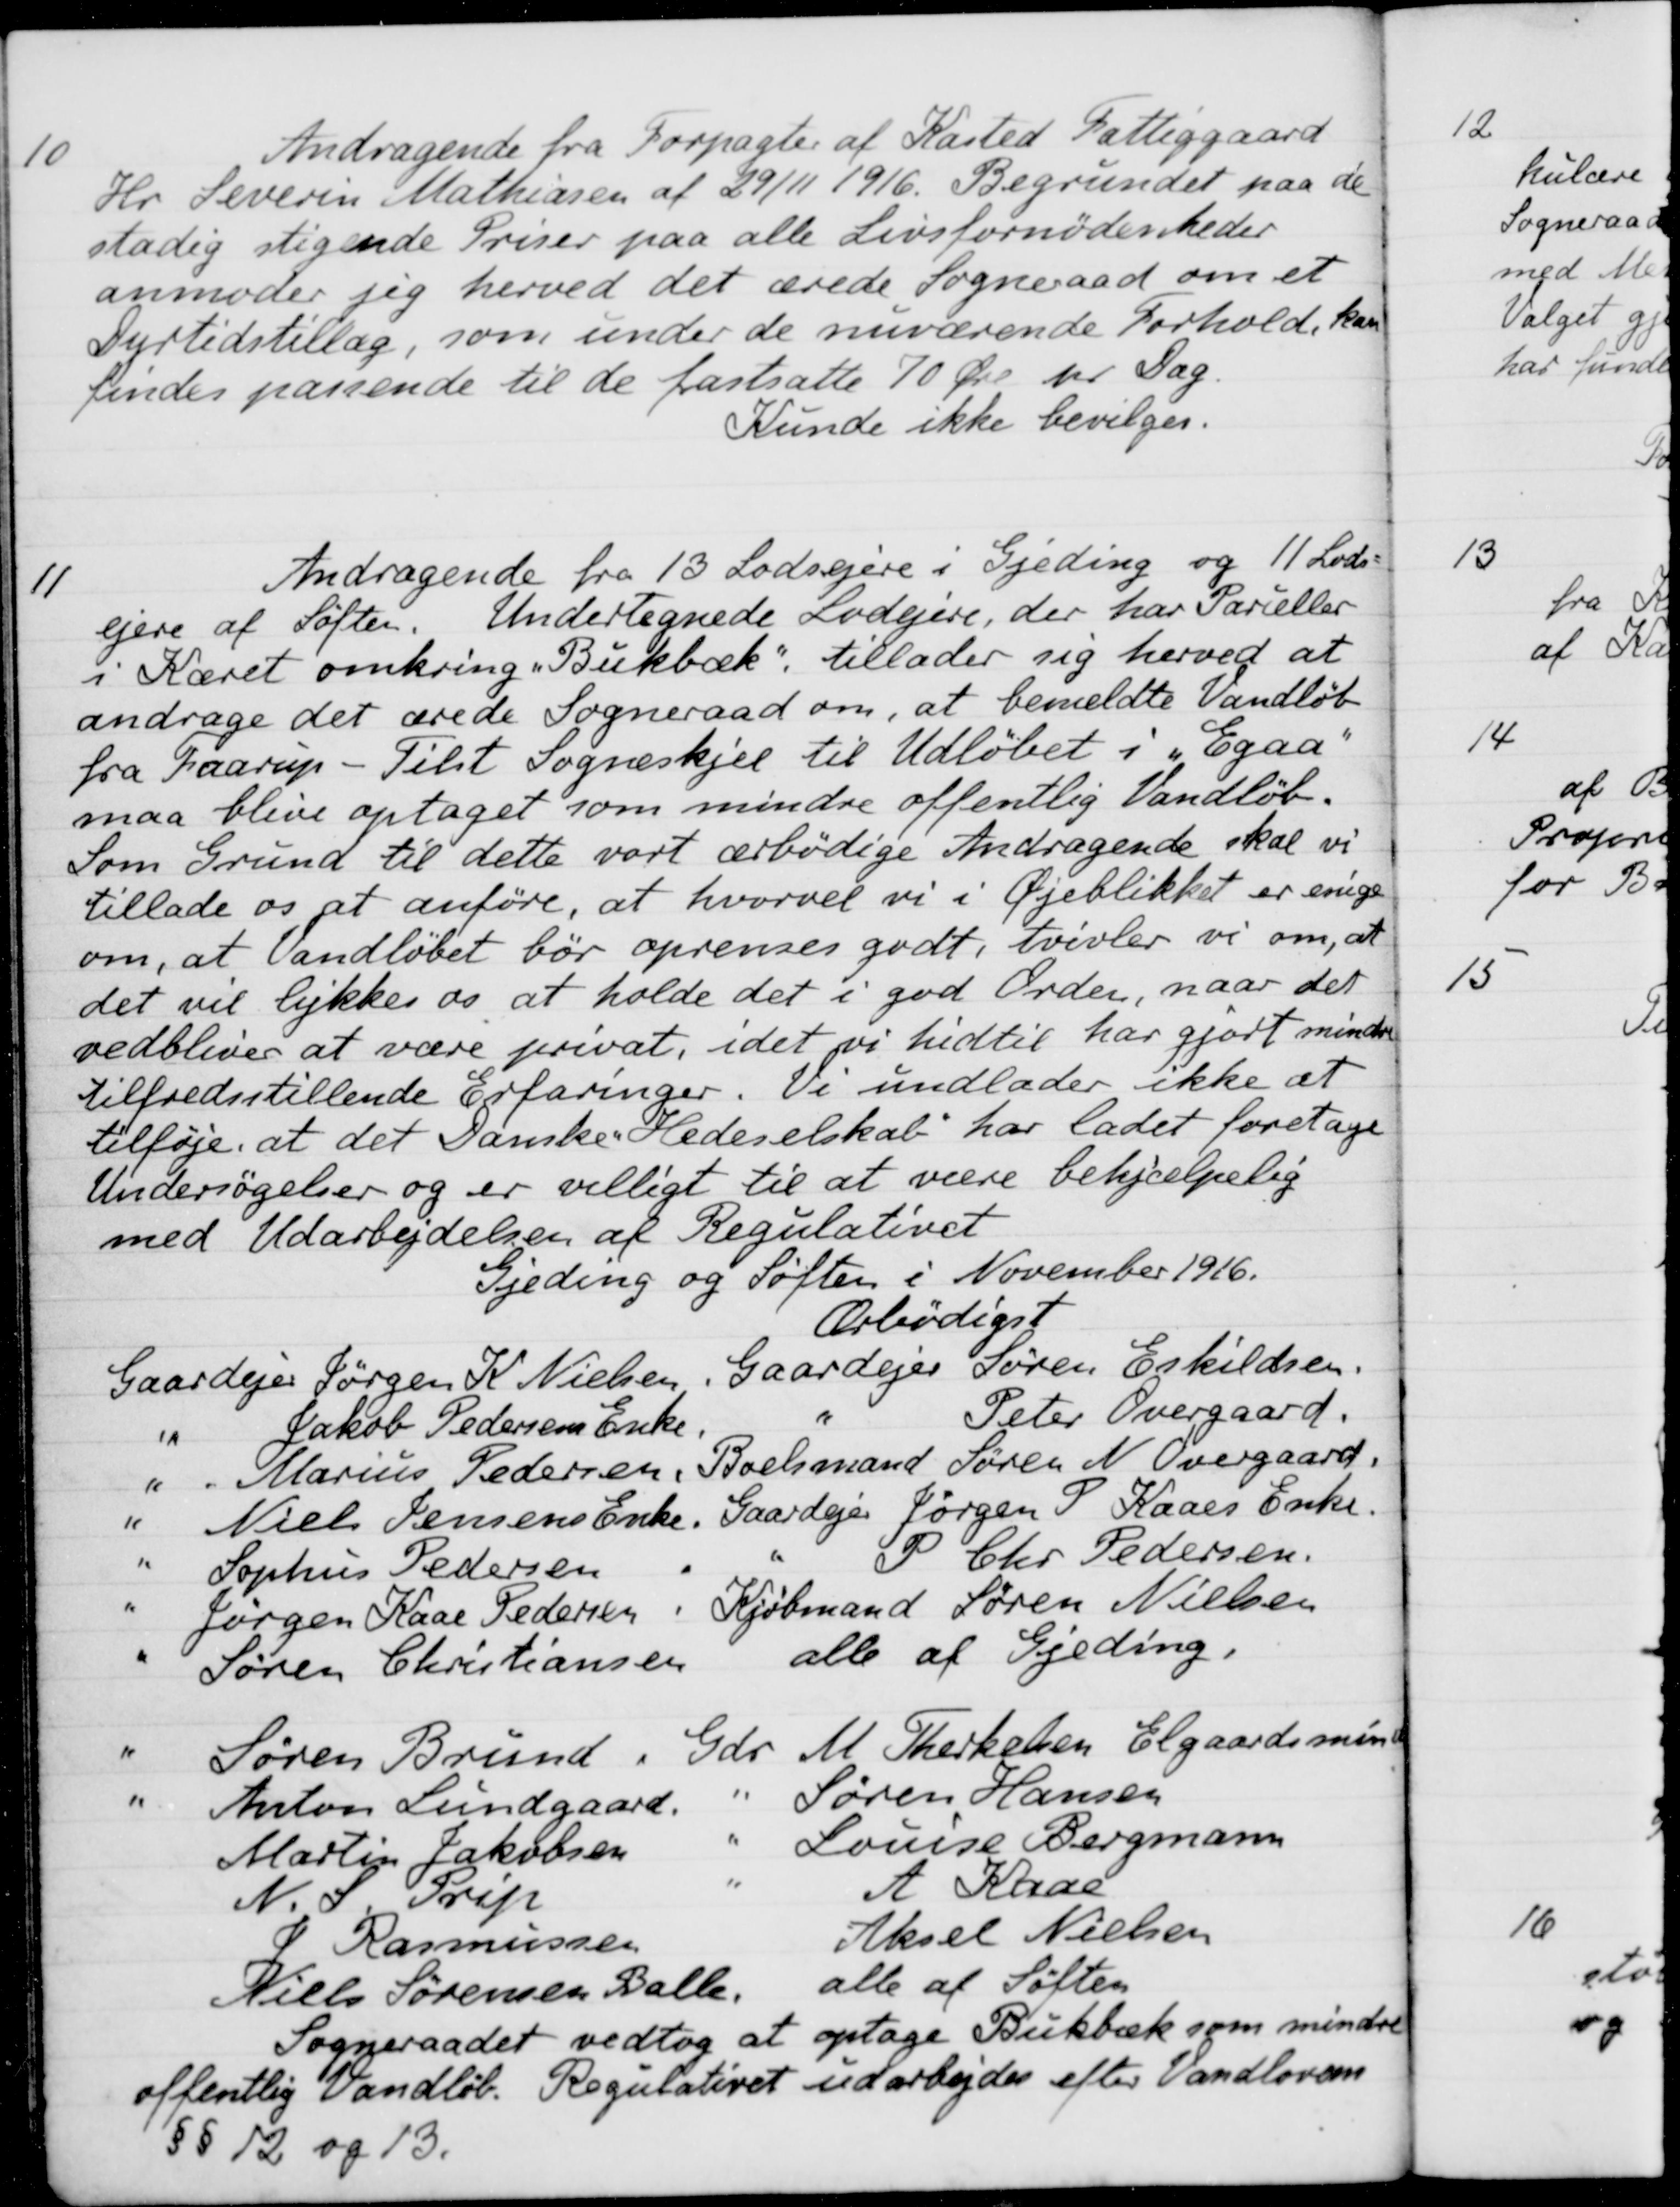
Transskription:
10
Andragende fra Forpagter af Kasted Fattiggaard
Hr. Severin Mathiasen af 29/11 1916. Begrundet paa de
stadig stigende Priser paa alle Livsfornødenheder
anmoder jeg herved det ærede Sogneraad om et
Dyrtidstillæg, som under de nuværende Forhold, kan
findes passende til de fastsatte 70 Øre pr Dag.
Kunde ikke bevilges.
11
Andragende fra 13 Lodsejere i Gjeding og 11 Lods-
ejere af Søften. Undertegnede Lodejere, der har Parceller
i Kæret omkring "Bukbæk", tillader sig herved at
andrage det ærede Sogneraad om, at bemeldte Vandløb
fra Faarup - Tilst Sogneskjel til Udløbet i „Egaa"
maa blive optaget som mindre offentlig Vandløb.
Som Grund til dette vort ærbødige Andragende skal vi
tillade os at anføre, at hvorvel vi i Øjeblikket er enige
om, at Vandløbet bør oprenses godt, tvivler vi om, at
det vil lykkes os at holde det i god Orden, naar det
vedbliver at være privat, idet vi hidtil har gjort mindre
Tilfredsstillende Erfaringer. Vi undlader ikke at
tilføje, at det Danske Hedeselskab har ladet foretage
Undersøgelser og er villigt til at være behjælpelig
med Udarbejdelsen af Regulativet
Gjeding og Søften i November 1916.
Ærbødigst
Gaardejer Jørgen K. Nielsen Gaardejer Søren Eskildsen.
Jakob Pedersens Enke
Peter Overgaard.
Marius Pedersen. Boelsmand Søren N. Overgaard.
Niels Jensens Enke. Gaardejer Jørgen P. Kaaes Enke.
Sophus Pedersen
"P Chr. Pedersen
Jørgen Kaae Pedersen
Kjøbmand Søren Nielsen
Søren Christiansen
alle af Gjeding.
Søren Brund
Gdr. M. Therkelsen Elgaardsminde
Anton Lundgaard
Søren Hansen
Martin Jakobsen
Louise Bergmann
N. S. Prip
A Kaae
J. Rasmussen
Aksel Nielsen
Niels Sørensen Balle. alle af Søften
Niels Sørensen Balle. alle af Søften
Sogneraadet vedtog at optage Bukbæk som mindre
offentlig Vandløb. Regulativet udarbejdes efter Vandlovens
§§ 12 og 13.